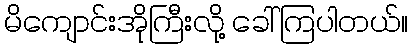
မိကျောင်းအိုကြီးလို့ ခေါ်ကြပါတယ်။